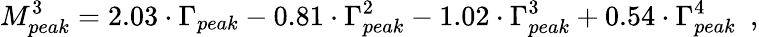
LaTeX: M_{peak}^{3}=2.03\cdot\Gamma_{peak}-0.81\cdot\Gamma_{peak}^{2}-1.02\cdot\Gamma_{peak}^{3}+0.54\cdot\Gamma_{peak}^{4}~~,